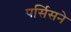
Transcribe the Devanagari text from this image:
पर्सिसने